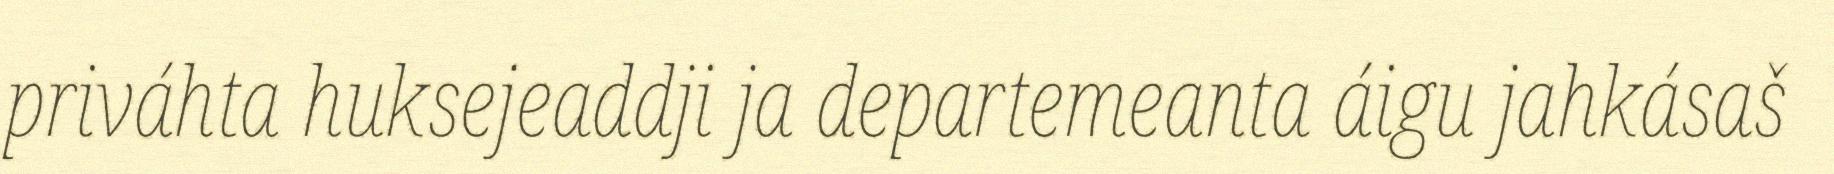
priváhta huksejeaddji ja departemeanta áigu jahkásaš